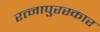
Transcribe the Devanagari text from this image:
रत्नापुरस्कार